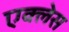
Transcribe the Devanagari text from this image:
एक्लेस